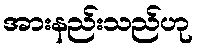
အားနည်းသည်ဟု